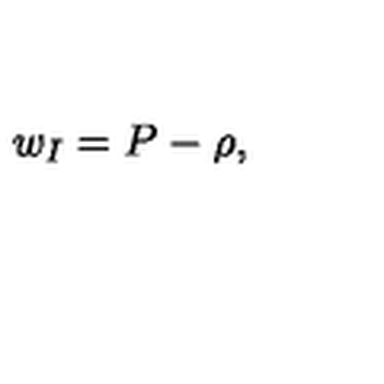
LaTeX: w _ { I } = P - \rho ,